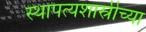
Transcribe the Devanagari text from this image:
स्थापत्यशास्रीच्या